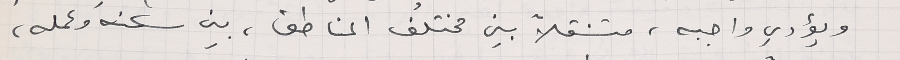
ويؤدي واجبه، متنقلاً بين مختلف المناطق، بين سكنه وعمله،